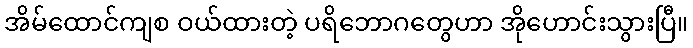
အိမ်ထောင်ကျစ ဝယ်ထားတဲ့ ပရိဘောဂတွေဟာ အိုဟောင်းသွားပြီ။